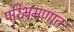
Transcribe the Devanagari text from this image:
परिभ्रमणात